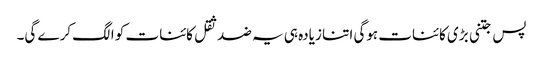
پس جتنی بڑی کائنات ہوگی اتنا زیادہ ہی یہ ضد ثقل کائنات کو الگ کرے گی۔